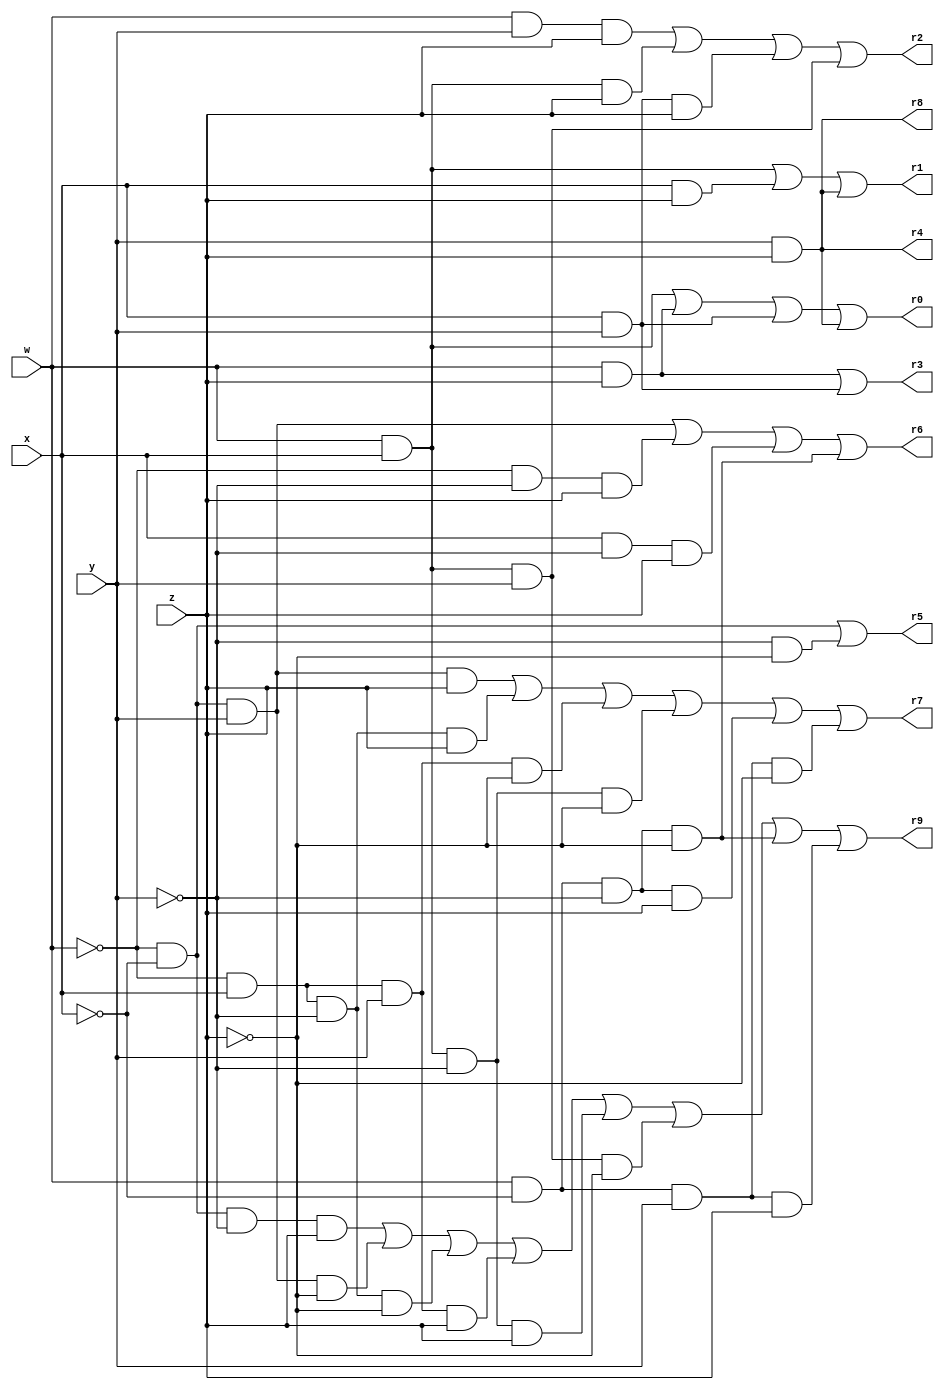
// Cohort: Steely Dan
// Code author(s): Ethan Peglar, Kevin Fan, Falah Ansari, Jack Li

module Breadboard (w, x, y, z, r0, r1, r2, r3, r4, r5, r6, r7, r8, r9);

    input w, x, y, z;
    output r0, r1, r2, r3, r4, r5, r6, r7, r8, r9;
    reg r0, r1, r2, r3, r4, r5, r6, r7, r8, r9;

    always @ (w, x, y, z, r0, r1, r2, r3, r4, r5, r6, r7, r8, r9)

    begin

    //wx + wz + xy + yz                            
    r0 = (w&x)|(w&z)|(x&y)|(y&z);      

    //wx + xz +yz                            
    r1 = (w&x)|(x&z)|(y&z);    

    //wyz + wxz + xyz + wxy                            
    r2 = (w&y&z)|(w&x&z)|(x&y&z)|(w&x&y);    

    //wz + xy
    r3 = (w&z)|(x&y);    

    //yz
    r4 = (y&z);    

    //w'x' + y'z'
    r5 = (!w&!x)|(!y&!z);    

    //w'x'y + w'y'z + xy'z + wx'y'z'
    r6 = (!w&!x&y)|(!w&!y&z)|(x&!y&z)|(w&!x&!y&!z);    

    //w'x'yz + w'xy'z + w'xyz' + wxy'z' + wx'y'z + wx'yz'
    r7 = (!w&!x&y&z)|(!w&x&!y&z)|(!w&x&y&!z)|(w&x&!y&!z)|(w&!x&!y&z)|(w&!x&y&!z);    

    //yz
    r8 = (y&z);    

    //w'x'y'z + w'x'yz' + w'xy'z' + w'xyz + wxy'z + wxyz' + wx'y'z' + wx'yz
    r9 = (!w&!x&!y&z)|(!w&!x&y&!z)|(!w&x&!y&!z)|(!w&x&y&z)|(w&x&!y&z)|(w&x&y&!z)|(w&!x&!y&!z)|(w&!x&y&z);    

    end

endmodule

module testbench();

    reg [4:0] i;
    reg a, b, c, d;

     wire  f0, f1, f2, f3, f4, f5, f6, f7, f8, f9;
  
    Breadboard stimulus(a, b, c, d, f0, f1, f2, f3, f4, f5, f6, f7, f8, f9);

    initial begin

    // Create header of the truth table
    $display ("|#|w|x|y|z|F0|F1|F2|F3|F4|F5|F6|F7|F8|F9|");
    $display ("|=+=+=+=+=+==+==+==+==+==+==+==+==+==+==|");
        for (i = 0; i < 16; i = i + 1)

            begin

            // Initialization of a, b, c, and d simulates the translation of i into a 4-digit binary number
            a=(i/8)%2;
            b=(i/4)%2;
            c=(i/2)%2;
            d=(i/1)%2;

            #20;
            if(i == 10)
                $display ("|%s|%1d|%1d|%1d|%1d| %1d| %1d| %1d| %1d| %1d| %1d| %1d| %1d| %1d| %1d|", "A", a, b, c, d, f0, f1, f2, f3, f4, f5, f6, f7, f8, f9);
            else if(i == 11)
                $display ("|%s|%1d|%1d|%1d|%1d| %1d| %1d| %1d| %1d| %1d| %1d| %1d| %1d| %1d| %1d|", "B", a, b, c, d, f0, f1, f2, f3, f4, f5, f6, f7, f8, f9);
            else if(i == 12)
                $display ("|%s|%1d|%1d|%1d|%1d| %1d| %1d| %1d| %1d| %1d| %1d| %1d| %1d| %1d| %1d|", "C", a, b, c, d, f0, f1, f2, f3, f4, f5, f6, f7, f8, f9);
            else if(i == 13)
                $display ("|%s|%1d|%1d|%1d|%1d| %1d| %1d| %1d| %1d| %1d| %1d| %1d| %1d| %1d| %1d|", "D", a, b, c, d, f0, f1, f2, f3, f4, f5, f6, f7, f8, f9);
            else if(i == 14)
                $display ("|%s|%1d|%1d|%1d|%1d| %1d| %1d| %1d| %1d| %1d| %1d| %1d| %1d| %1d| %1d|", "E", a, b, c, d, f0, f1, f2, f3, f4, f5, f6, f7, f8, f9);
            else if(i == 15)
                $display ("|%s|%1d|%1d|%1d|%1d| %1d| %1d| %1d| %1d| %1d| %1d| %1d| %1d| %1d| %1d|", "F", a, b, c, d, f0, f1, f2, f3, f4, f5, f6, f7, f8, f9);
            else
                $display ("|%1d|%1d|%1d|%1d|%1d| %1d| %1d| %1d| %1d| %1d| %1d| %1d| %1d| %1d| %1d|", i, a, b, c, d, f0, f1, f2, f3, f4, f5, f6, f7, f8, f9);
            if(i%4==3)
                $display ("|-+-+-+-+-+--+--+--+--+--+--+--+--+--+--|"); // Create dividing barriers between every 4 entries

            end
 
    #20;

    $finish;

    end

endmodule